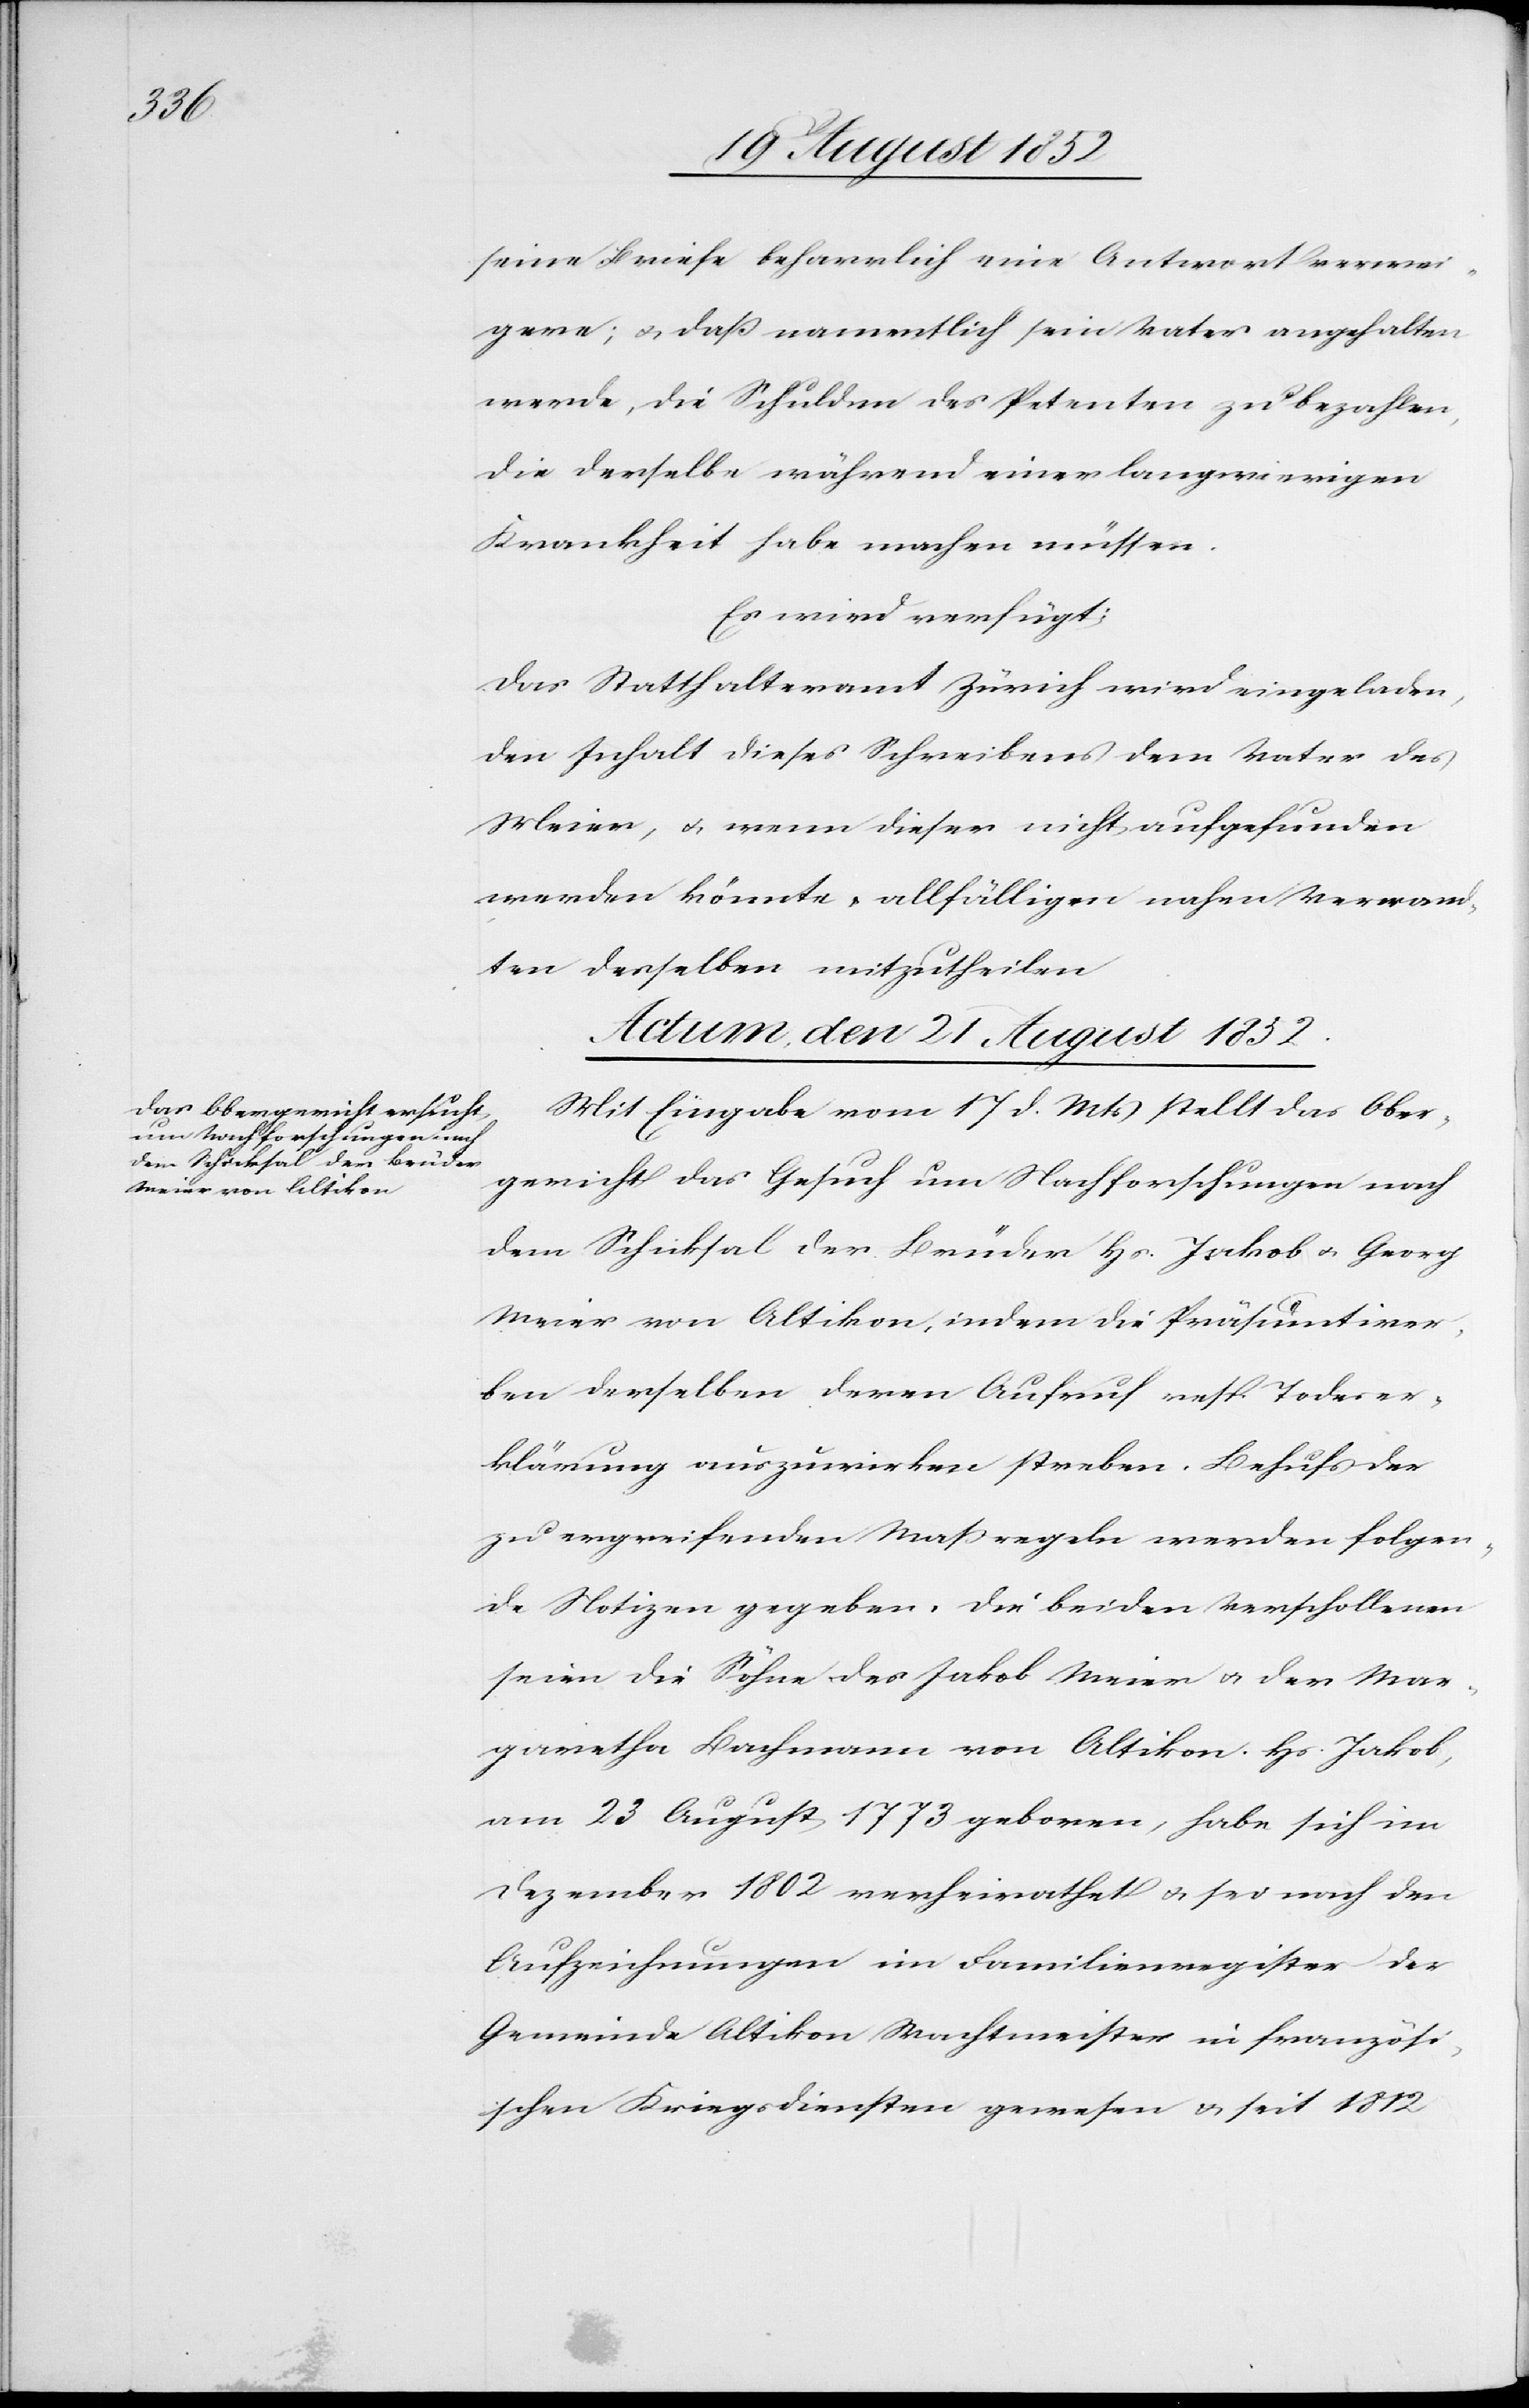
seine Briefe beharrlich eine Antwort verwei¬
gere; & daß namentlich sein Vater angehalten
werde, die Schulden des Petenten zu bezahlen,
die derselbe während einer langwierigen
Krankheit habe machen müssen.
Es wird verfügt:
Das Statthalteramt Zürich wird eingeladen,
den Inhalt dieses Schreibens dem Vater des
Meier, & wenn dieser nicht aufgefunden
werden könnte, allfälligen nahen Verwand¬
ten desselben mitzutheilen.
Actum, den 21 August 1852.
Mit Eingabe vom 17 d. Mts stellt das Ober¬
gericht das Gesuch um Nachforschungen nach
dem Schicksal der Brüder Hs. Jakob & Georg
Meier von Altikon, indem die Präsumtirer¬
ben derselben deren Aufruf resp. Todeser¬
klärung auszuwirken streben. Behufs der
zu ergreifenden Maßregeln werden folgen¬
de Notizen gegeben. Die beiden Verschollenen
seien die Söhne des Jakob Meier & der Mar¬
garetha Bachmann von Altikon. Hs. Jakob,
am 23 August 1773 geboren, habe sich im
Dezember 1802 verheirathet & sei nach den
Aufzeichnungen im Familienregister der
Gemeinde Altikon Wachtmeister in französi¬
schen Kriegsdiensten gewesen & seit 1812